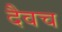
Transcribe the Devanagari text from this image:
दैवच